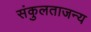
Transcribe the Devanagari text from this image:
संकुलताजन्य